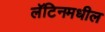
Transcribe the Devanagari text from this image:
लॅटिनमधील